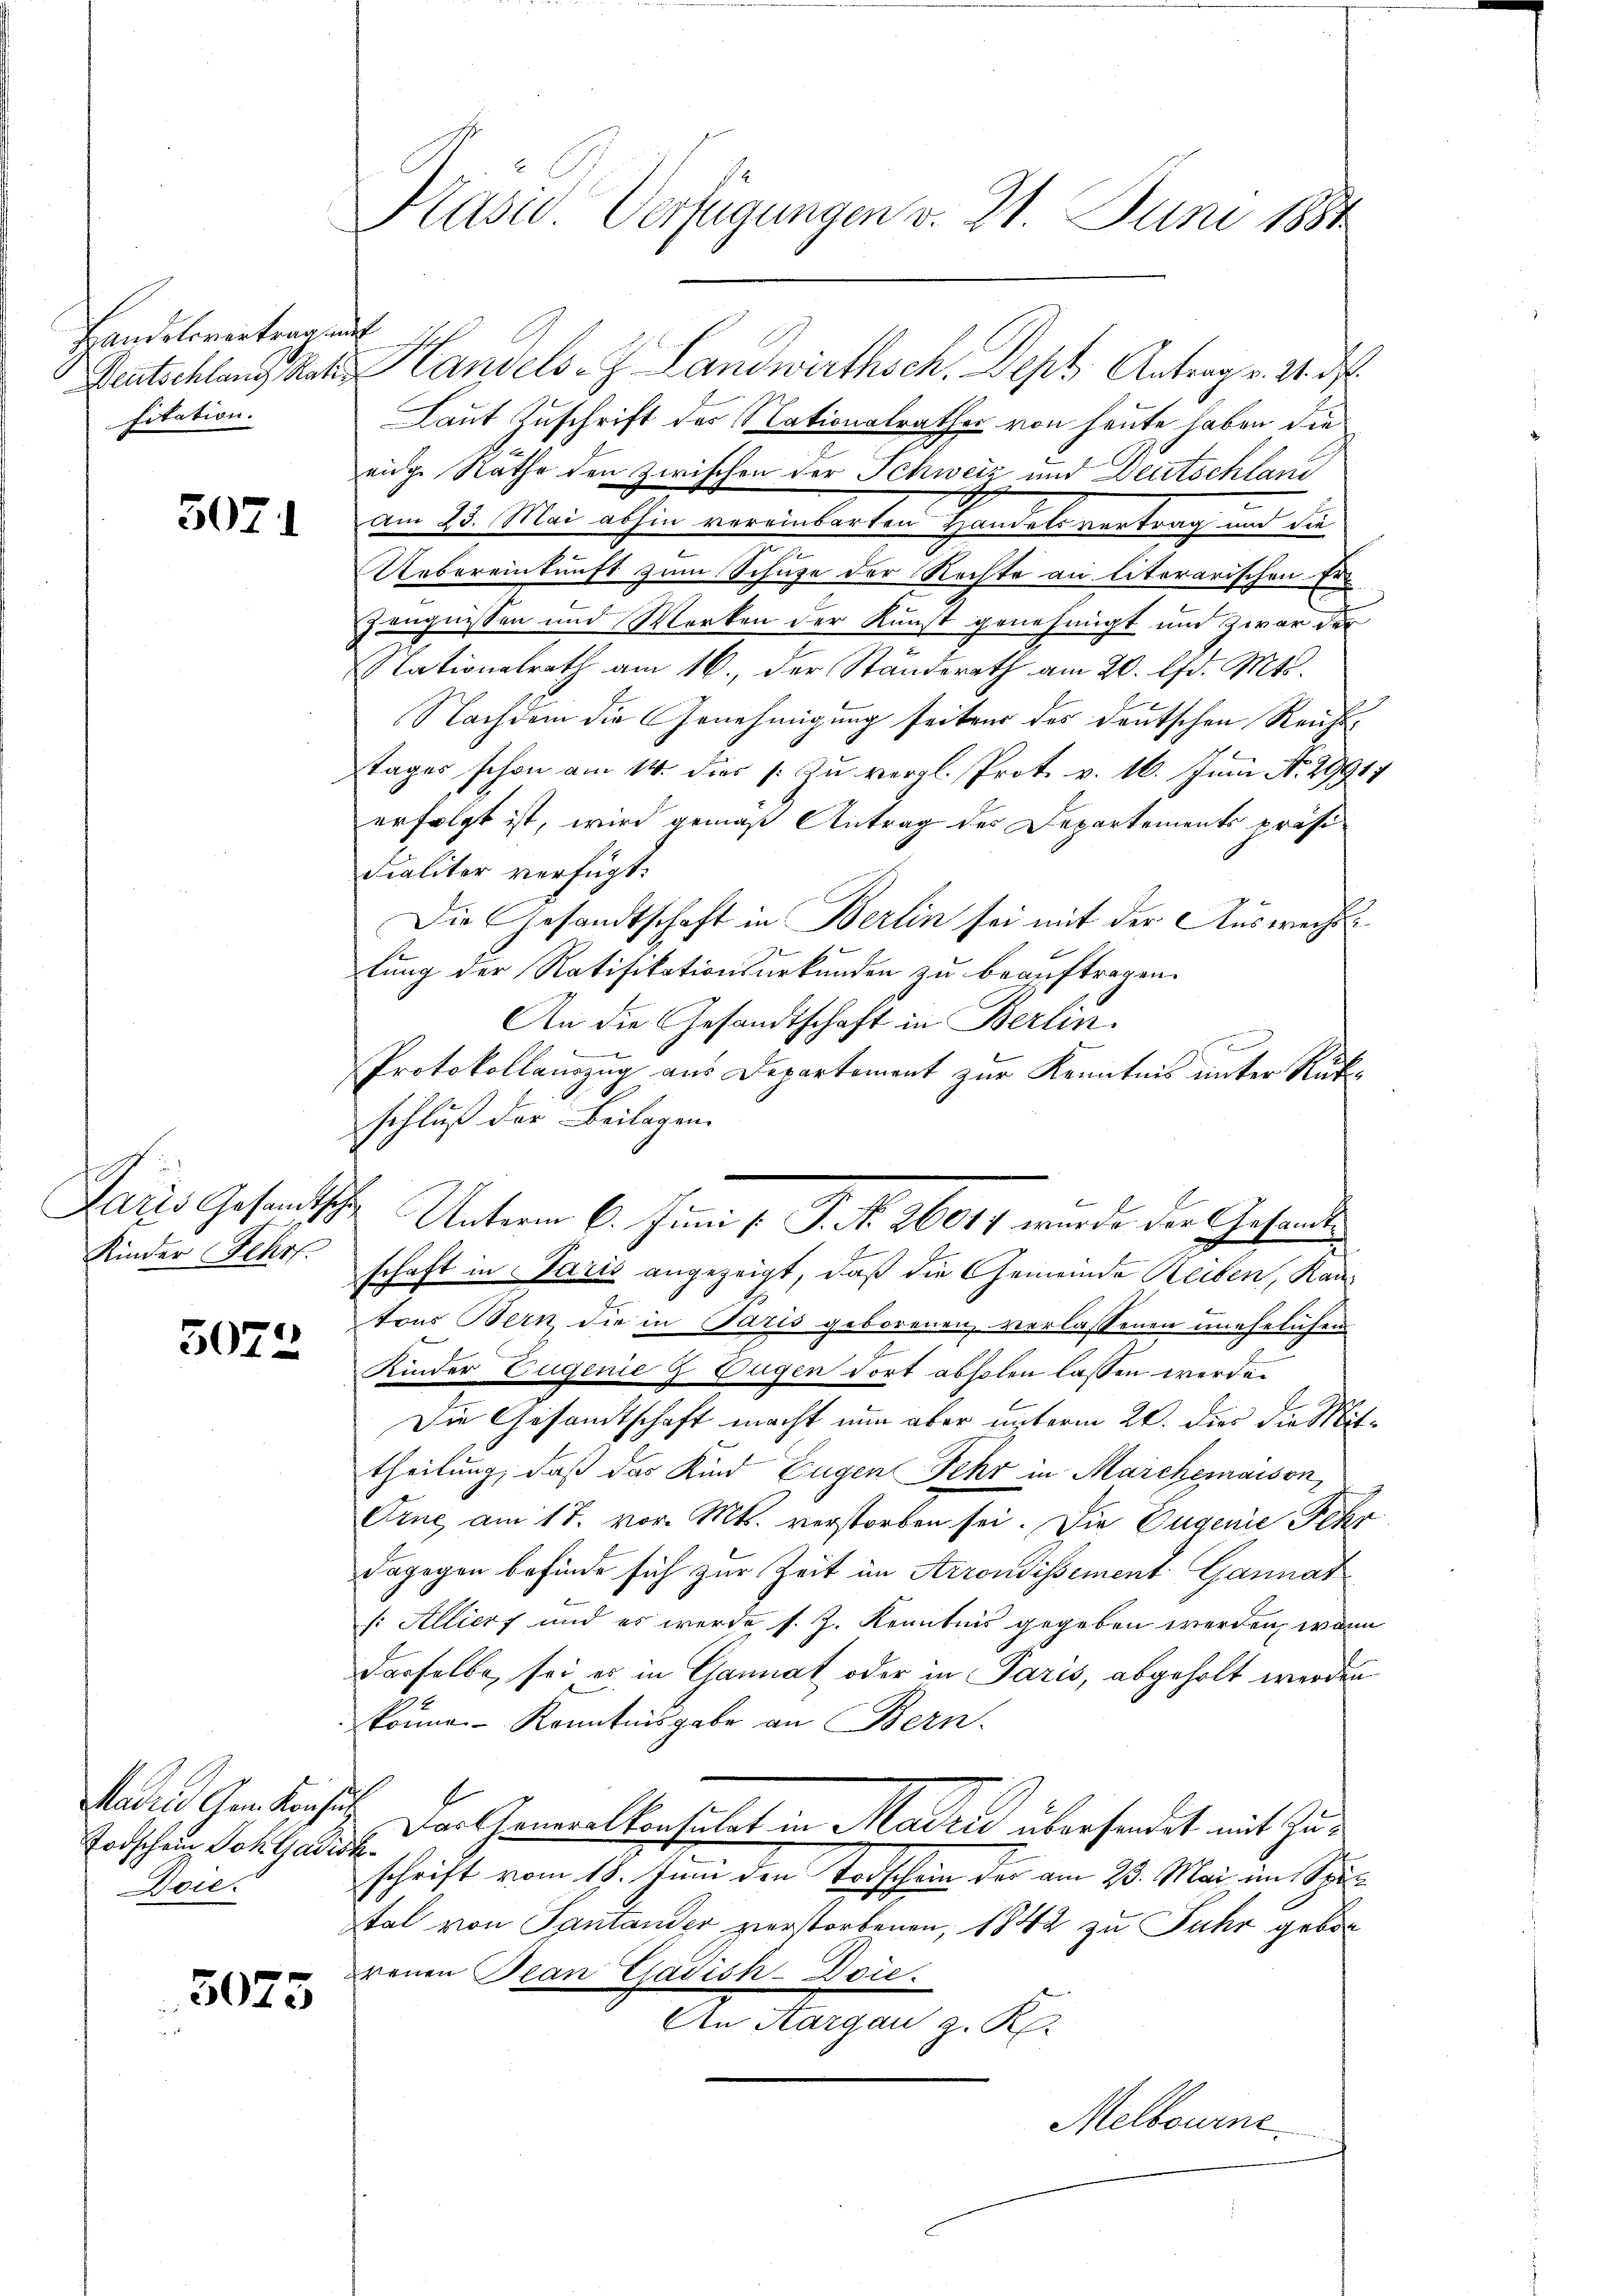
Handelsvertrag im
fitation.

5071

Paris Gesandtsche
Kinder Fehr

5072

Mader Gem. Kaufen.
Todschen Joh. Gadis
Doie.

5073

1

Krase Verfügungen v. 21. Juni 1884

s
Deutschlang Rate Handels- Landwirthsch. Dept Antrag v. 24. d.
Laut Zuschrift des Nationalrathes von heute haben die
eige Rathe den zwischen der Schweiz und Deutschland
am 25. Mai abhin vereinbarten Handelsvertrag und die
Uebereinkunft zum Schuze der Rechte an literarischen Er¬
Zeugnissen und Werken der Kunst genehmigt und zwar der
Nationalrath am 16. der Standerath am 20. lfd. Mts.
Nachdem die Genehmigung seitens des deutschen Reichttages schon am 14. dies s. zu vergl. Prot. v. 16. Juni No. 29917
erfolgt ist, wird gemäß Antrag des Departements präsi¬
Fialiter verfügt:
Die Gesandtschaft in Berlin sei mit der Auswechslung der Ratifikationsurkunden zu beauftragen.
An die Gesandtschaft in Berlin.

d
Protokollauszug aus Departement zur Kenntnis unter Rükschluß der Beilagen.
schaft in Paris angezeigt, daß die Gemeinde Reiben, Kantons Bern die in Paris geborenen verlassenen unehelichen
Kinder Eugenie z. Fügen dort abholen lassen werde.
Die Gesandtschaft macht nun aber unterm 20. dies die Mittheilung, daß das Kind Eugen Fehr in Marchemaison,
Cine, am 17. vor. Mts. verstorben sei. Die Eugenie Schr
dagegen befinde sich zur Zeit im Arrondissement Gannat¬
(: Alliert und es werde s. Z. Kenntnis gegeben werden, wenn
derselbe, sei es in Cannat oder in Paris, abgeholt werden
können Kenntnisgabe an Bern.
 Der Generalverhütet in Madrid überhandet mit Zus
.
schrift vom 18. Juni den Todschein des am 23. Mai im Spit
tal von Santander zuerstorbenen, 1842 zu Fuhr geborenen Plan Gädish-Doie.
An Aargau z. R.
Melbourne

Unterm 6. Juni v. J. k. 1601 wurde die Gesunden